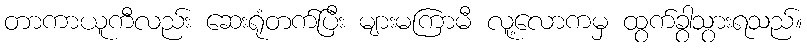
တာကာယူကီလည်း ဆေးရုံတက်ပြီး များမကြာမီ လူ့လောကမှ ထွက်ခွာသွားရသည်။